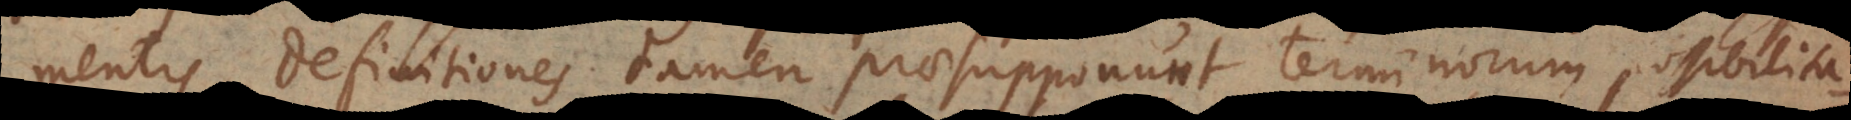
mentis, definitiones tamen praesupponunt terminorum possibilita